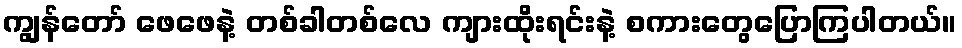
ကျွန်တော် ဖေဖေနဲ့ တစ်ခါတစ်လေ ကျားထိုးရင်းနဲ့ စကားတွေပြောကြပါတယ်။